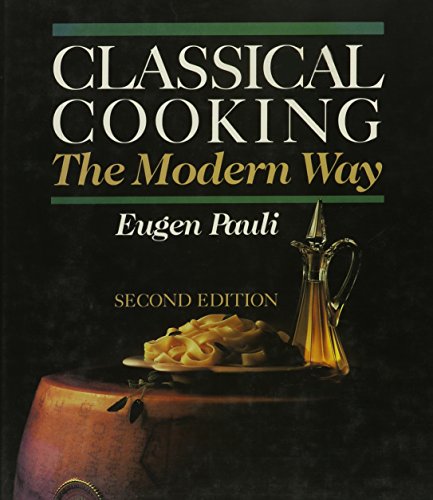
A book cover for Classical Cooking the Modern Way; Eugene Pauli; Cookbooks, Food & Wine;